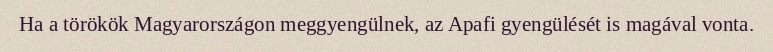
Ha a törökök Magyarországon meggyengülnek, az Apafi gyengülését is magával vonta.